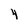
Character: 4